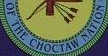
OF THE CHOCTAW NATION